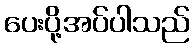
ပေးပို့အပ်ပါသည်